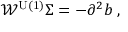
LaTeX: \mathcal { W } ^ { \mathrm { U ( 1 ) } } \Sigma = - \partial ^ { 2 } b \; ,